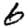
Digit: 6